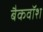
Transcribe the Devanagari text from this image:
बैकवॉश